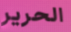
الحرير